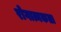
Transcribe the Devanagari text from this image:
रोगात्मकता